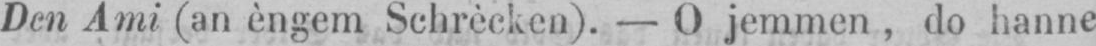
Den Ami (an èngem Schrècken). - O jemmen, do hanne